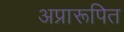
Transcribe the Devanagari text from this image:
अप्रारूपित